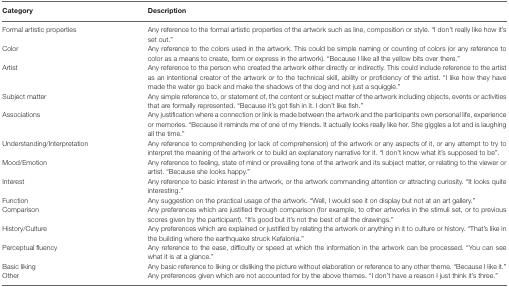
| Category | Description |
 | --- | --- |
 | Formal artistic properties | Any reference to the formal artistic properties of the artwork such as line, composition or style. “I don’t really like how it’s set out.” |
 | Color | Any reference to the colors used in the artwork. This could be simple naming or counting of colors (or any reference to color as a means to create, form or express in the artwork). “Because I like all the yellow bits over there.” |
 | Artist | Any reference to the person who created the artwork either directly or indirectly. This could include reference to the artist as an intentional creator of the artwork or to the technical skill, ability or proficiency of the artist. “I like how they have made the water go back and make the shadows of the dog and not just a squiggle.” |
 | Subject matter | Any simple reference to, or statement of, the content or subject matter of the artwork including objects, events or activities that are formally represented. “Because it’s got fish in it. I don’t like fish.” |
 | Associations | Any justification where a connection or link is made between the artwork and the participants own personal life, experience or memories. “Because it reminds me of one of my friends. It actually looks really like her. She giggles a lot and is laughing all the time.” |
 | Understanding/Interpretation | Any reference to comprehending (or lack of comprehension) of the artwork or any aspects of it, or any attempt to try to interpret the meaning of the artwork or to build an explanatory narrative for it. “I don’t know what it’s supposed to be”. |
 | Mood/Emotion | Any reference to feeling, state of mind or prevailing tone of the artwork and its subject matter, or relating to the viewer or artist. “Because she looks happy.” |
 | Interest | Any reference to basic interest in the artwork, or the artwork commanding attention or attracting curiosity. “It looks quite interesting.” |
 | Function | Any suggestion on the practical usage of the artwork. “Well, I would see it on display but not at an art gallery.” |
 | Comparison | Any preferences which are justified through comparison (for example, to other artworks in the stimuli set, or to previous scores given by the participant). “It’s good but it’s not the best of all the drawings.” |
 | History/Culture | Any preferences which are explained or justified by relating the artwork or anything in it to culture or history. “That’s like in the building where the earthquake struck Kefalonia.” |
 | Perceptual fluency | Any reference to the ease, difficulty or speed at which the information in the artwork can be processed. “You can see what it is at a glance.” |
 | Basic liking | Any basic reference to liking or disliking the picture without elaboration or reference to any other theme. “Because I like it.” |
 | Other | Any preferences given which are not accounted for by the above themes. “I don’t have a reason I just think it’s three.” |